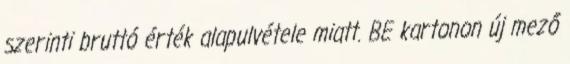
szerinti bruttó érték alapulvétele miatt. BE kartonon új mező